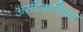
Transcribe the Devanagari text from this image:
अर्सटेकनिका